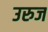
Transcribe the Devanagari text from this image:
उरुज